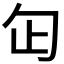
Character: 𠣏